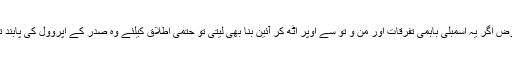
بالفرض اگر یہ اسمبلی باہمی تفرقات اور من و تُو سے اوپر اٹھ کر آئین بنا بھی لیتی تو حتمی اطلاق کیلئے وہ صدر کے اپروول کی پابند تھی۔